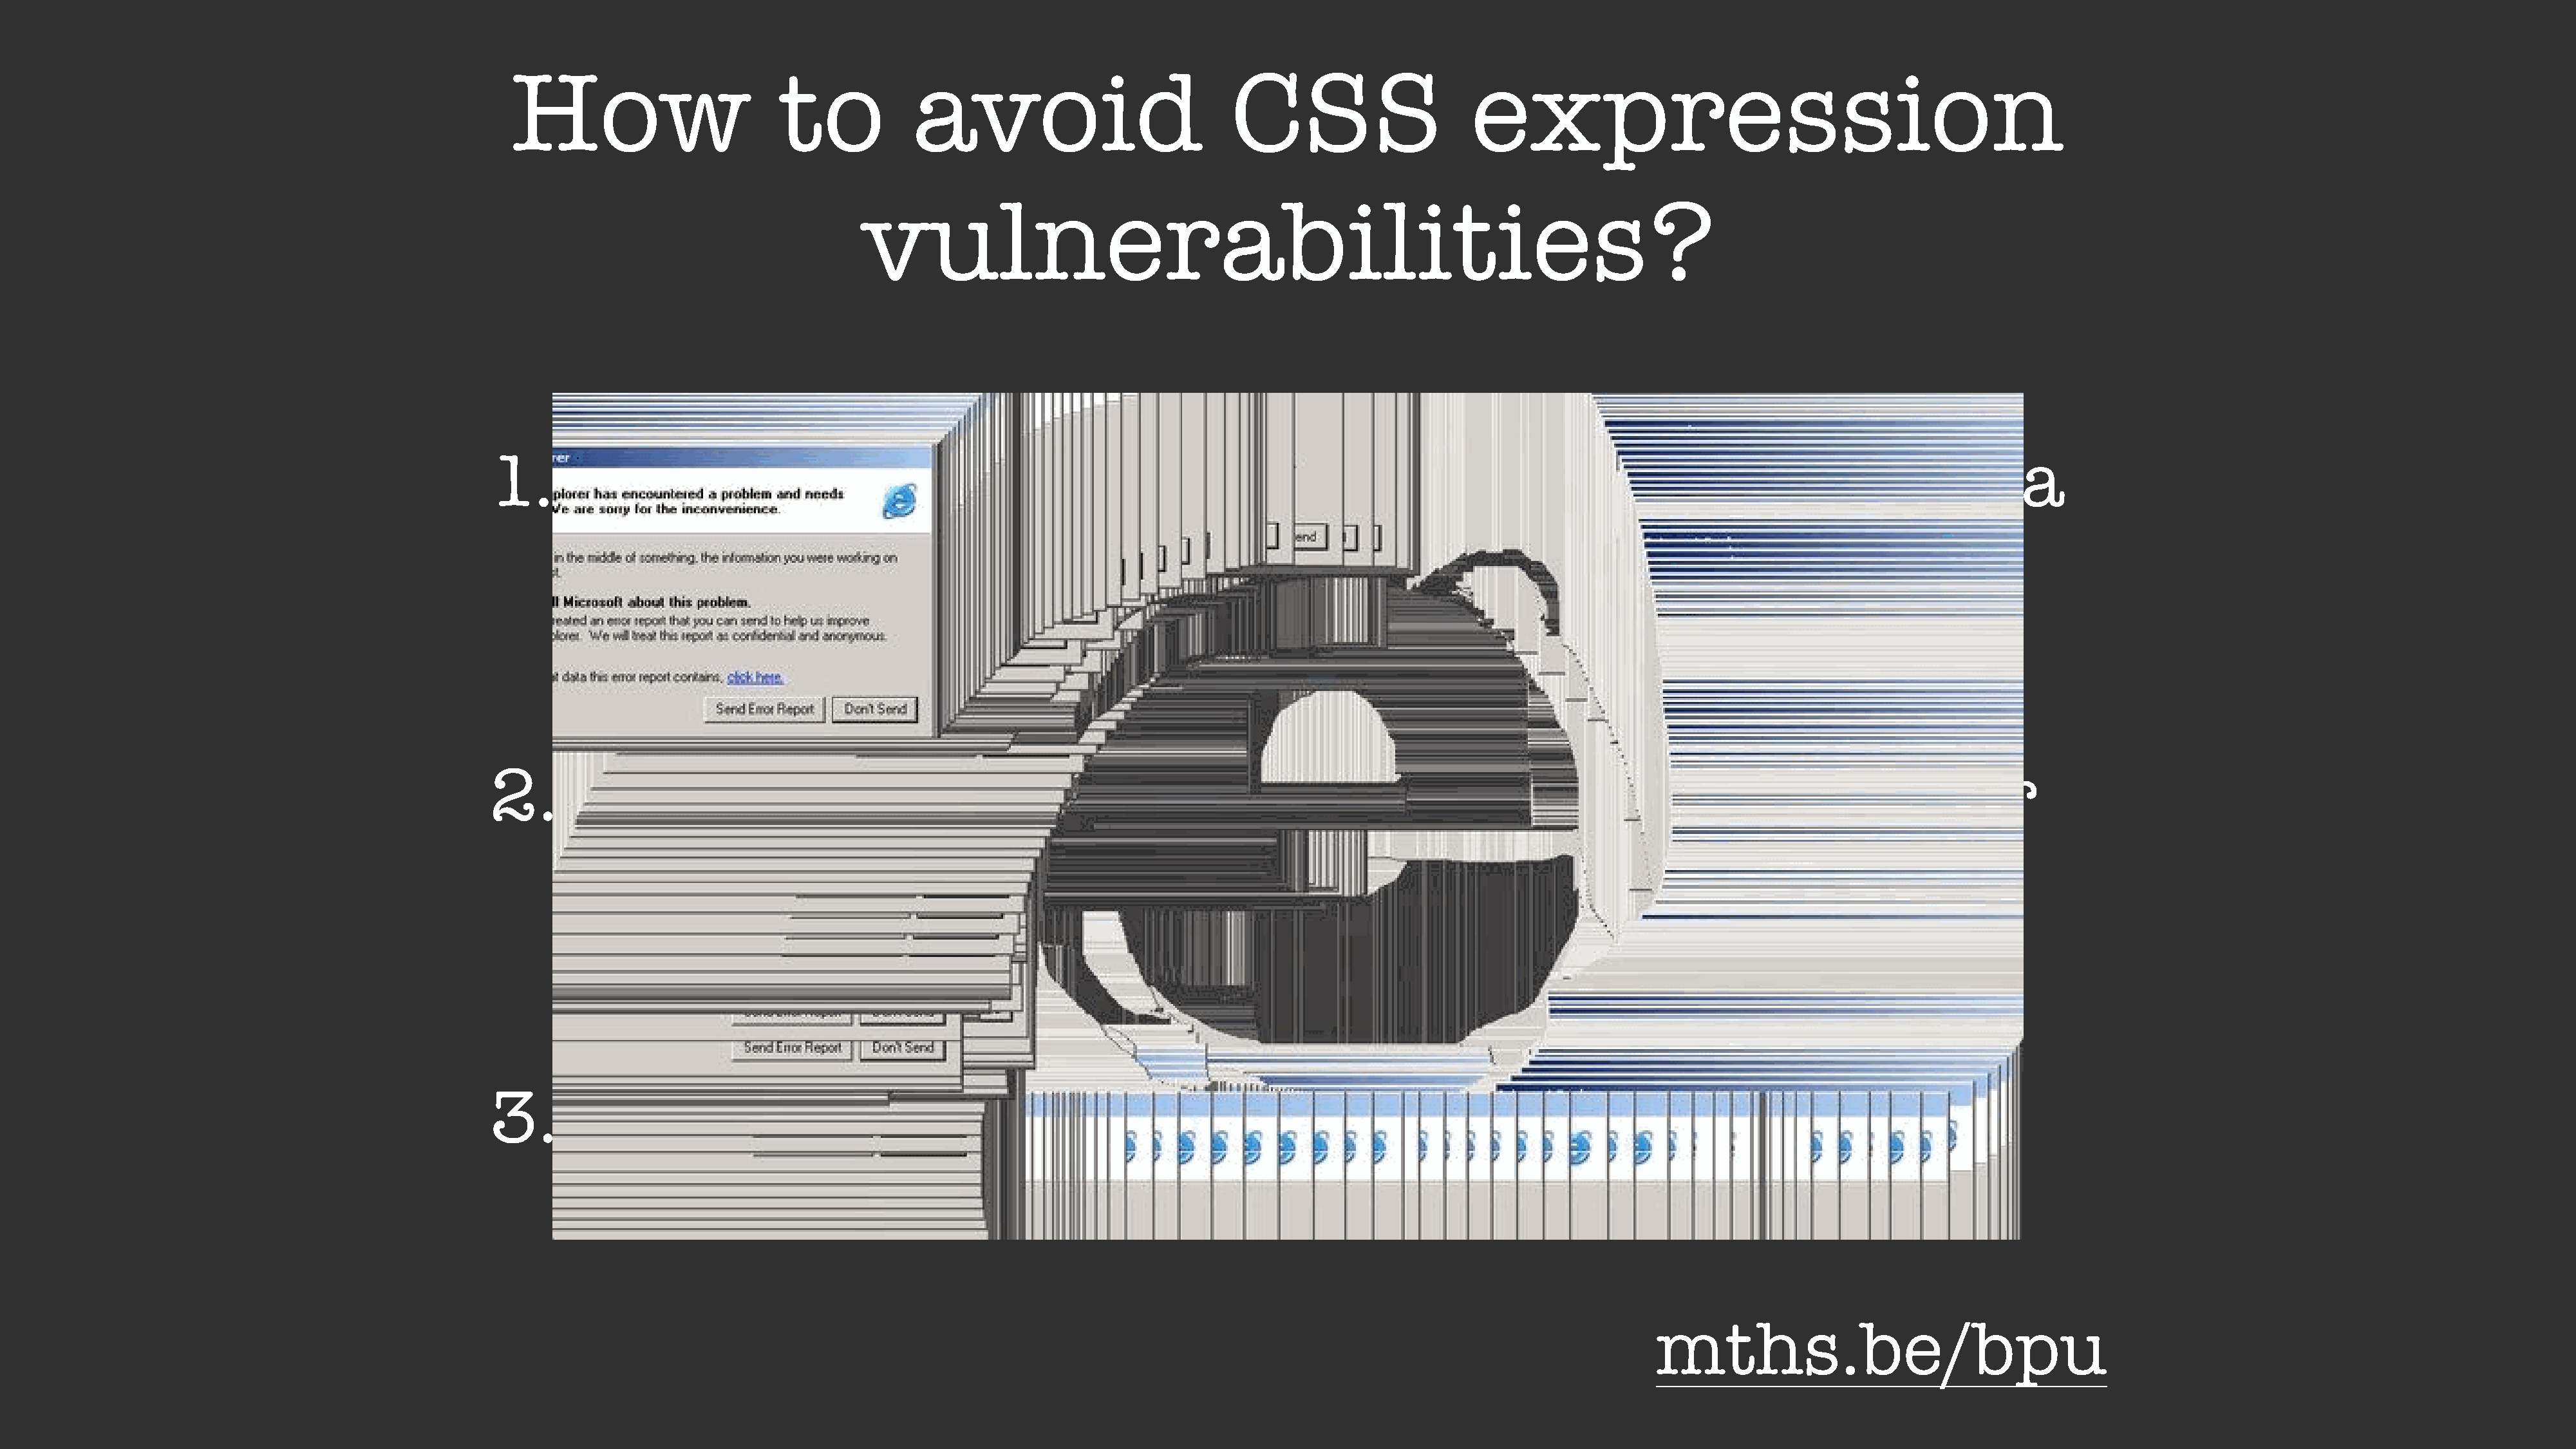
How                        to            avoid                            CSS                     expression
 vulnerabilities?
 1.         sanitize                       user               input                before                   injecting                         it      in       a
 CSS              context
 2.         disallow                        framing                         using                 the           HTTP                   header
 X-Frame-Options:                                                         DENY
 3.         use            <!DOCTYPE                                  html>
 mths.be/bpu